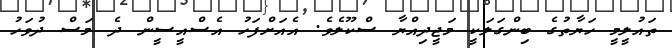
ތައުލީމީ ހަޔާތުގެ ބިންގަލަކީ މަޖީދިއްޔާ ސްކޫލެވެ. އެއަށްފަހު އެސްއީސީން ދެ މަސް ދުވަހު